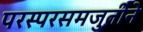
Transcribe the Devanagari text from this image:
परस्परसमजुतीने